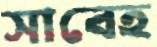
সাবেহ